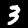
Digit: 3